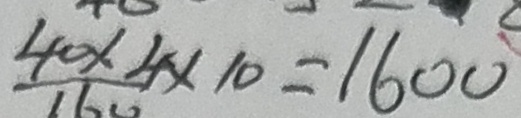
\frac { 4 0 \times 4 } { 1 6 0 } \times 1 0 = 1 6 0 0